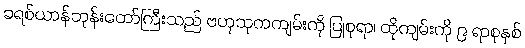
ခရစ်ယာန်ဘုန်းတော်ကြီးသည် ဗဟုသုတကျမ်းကို ပြုစုရာ၊ ထိုကျမ်းကို ၉ ရာစုနှစ်